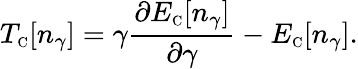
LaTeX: T_{\scriptscriptstyle\mathrm{C}}[n_{\gamma}]=\gamma\frac{\partial E_{\scriptscriptstyle\mathrm{C}}[n_{\gamma}]}{\partial\gamma}-E_{\scriptscriptstyle\mathrm{C}}[n_{\gamma}].